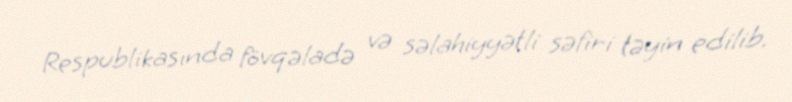
Respublikasında fövqəladə və səlahiyyətli səfiri təyin edilib.